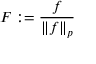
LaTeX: F : = { \frac { f } { \| f \| _ { p } } }